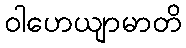
ဝါဟေယျာမာတိ